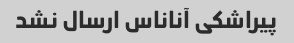
پیراشکی آناناس ارسال نشد